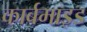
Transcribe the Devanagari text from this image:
कार्बमाइड